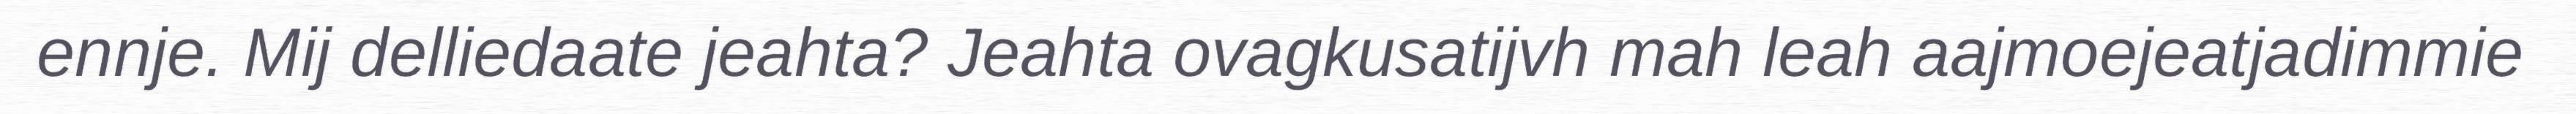
ennje. Mij delliedaate jeahta? Jeahta ovagkusatijvh mah leah aajmoejeatjadimmie